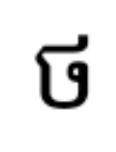
ថ